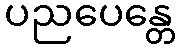
ပညပေန္တေ